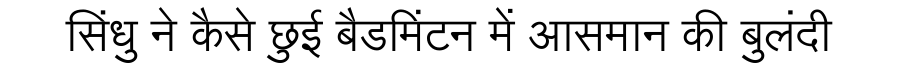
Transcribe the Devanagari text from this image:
सिंधु ने कैसे छुई बैडमिंटन में आसमान की बुलंदी